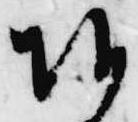
朝